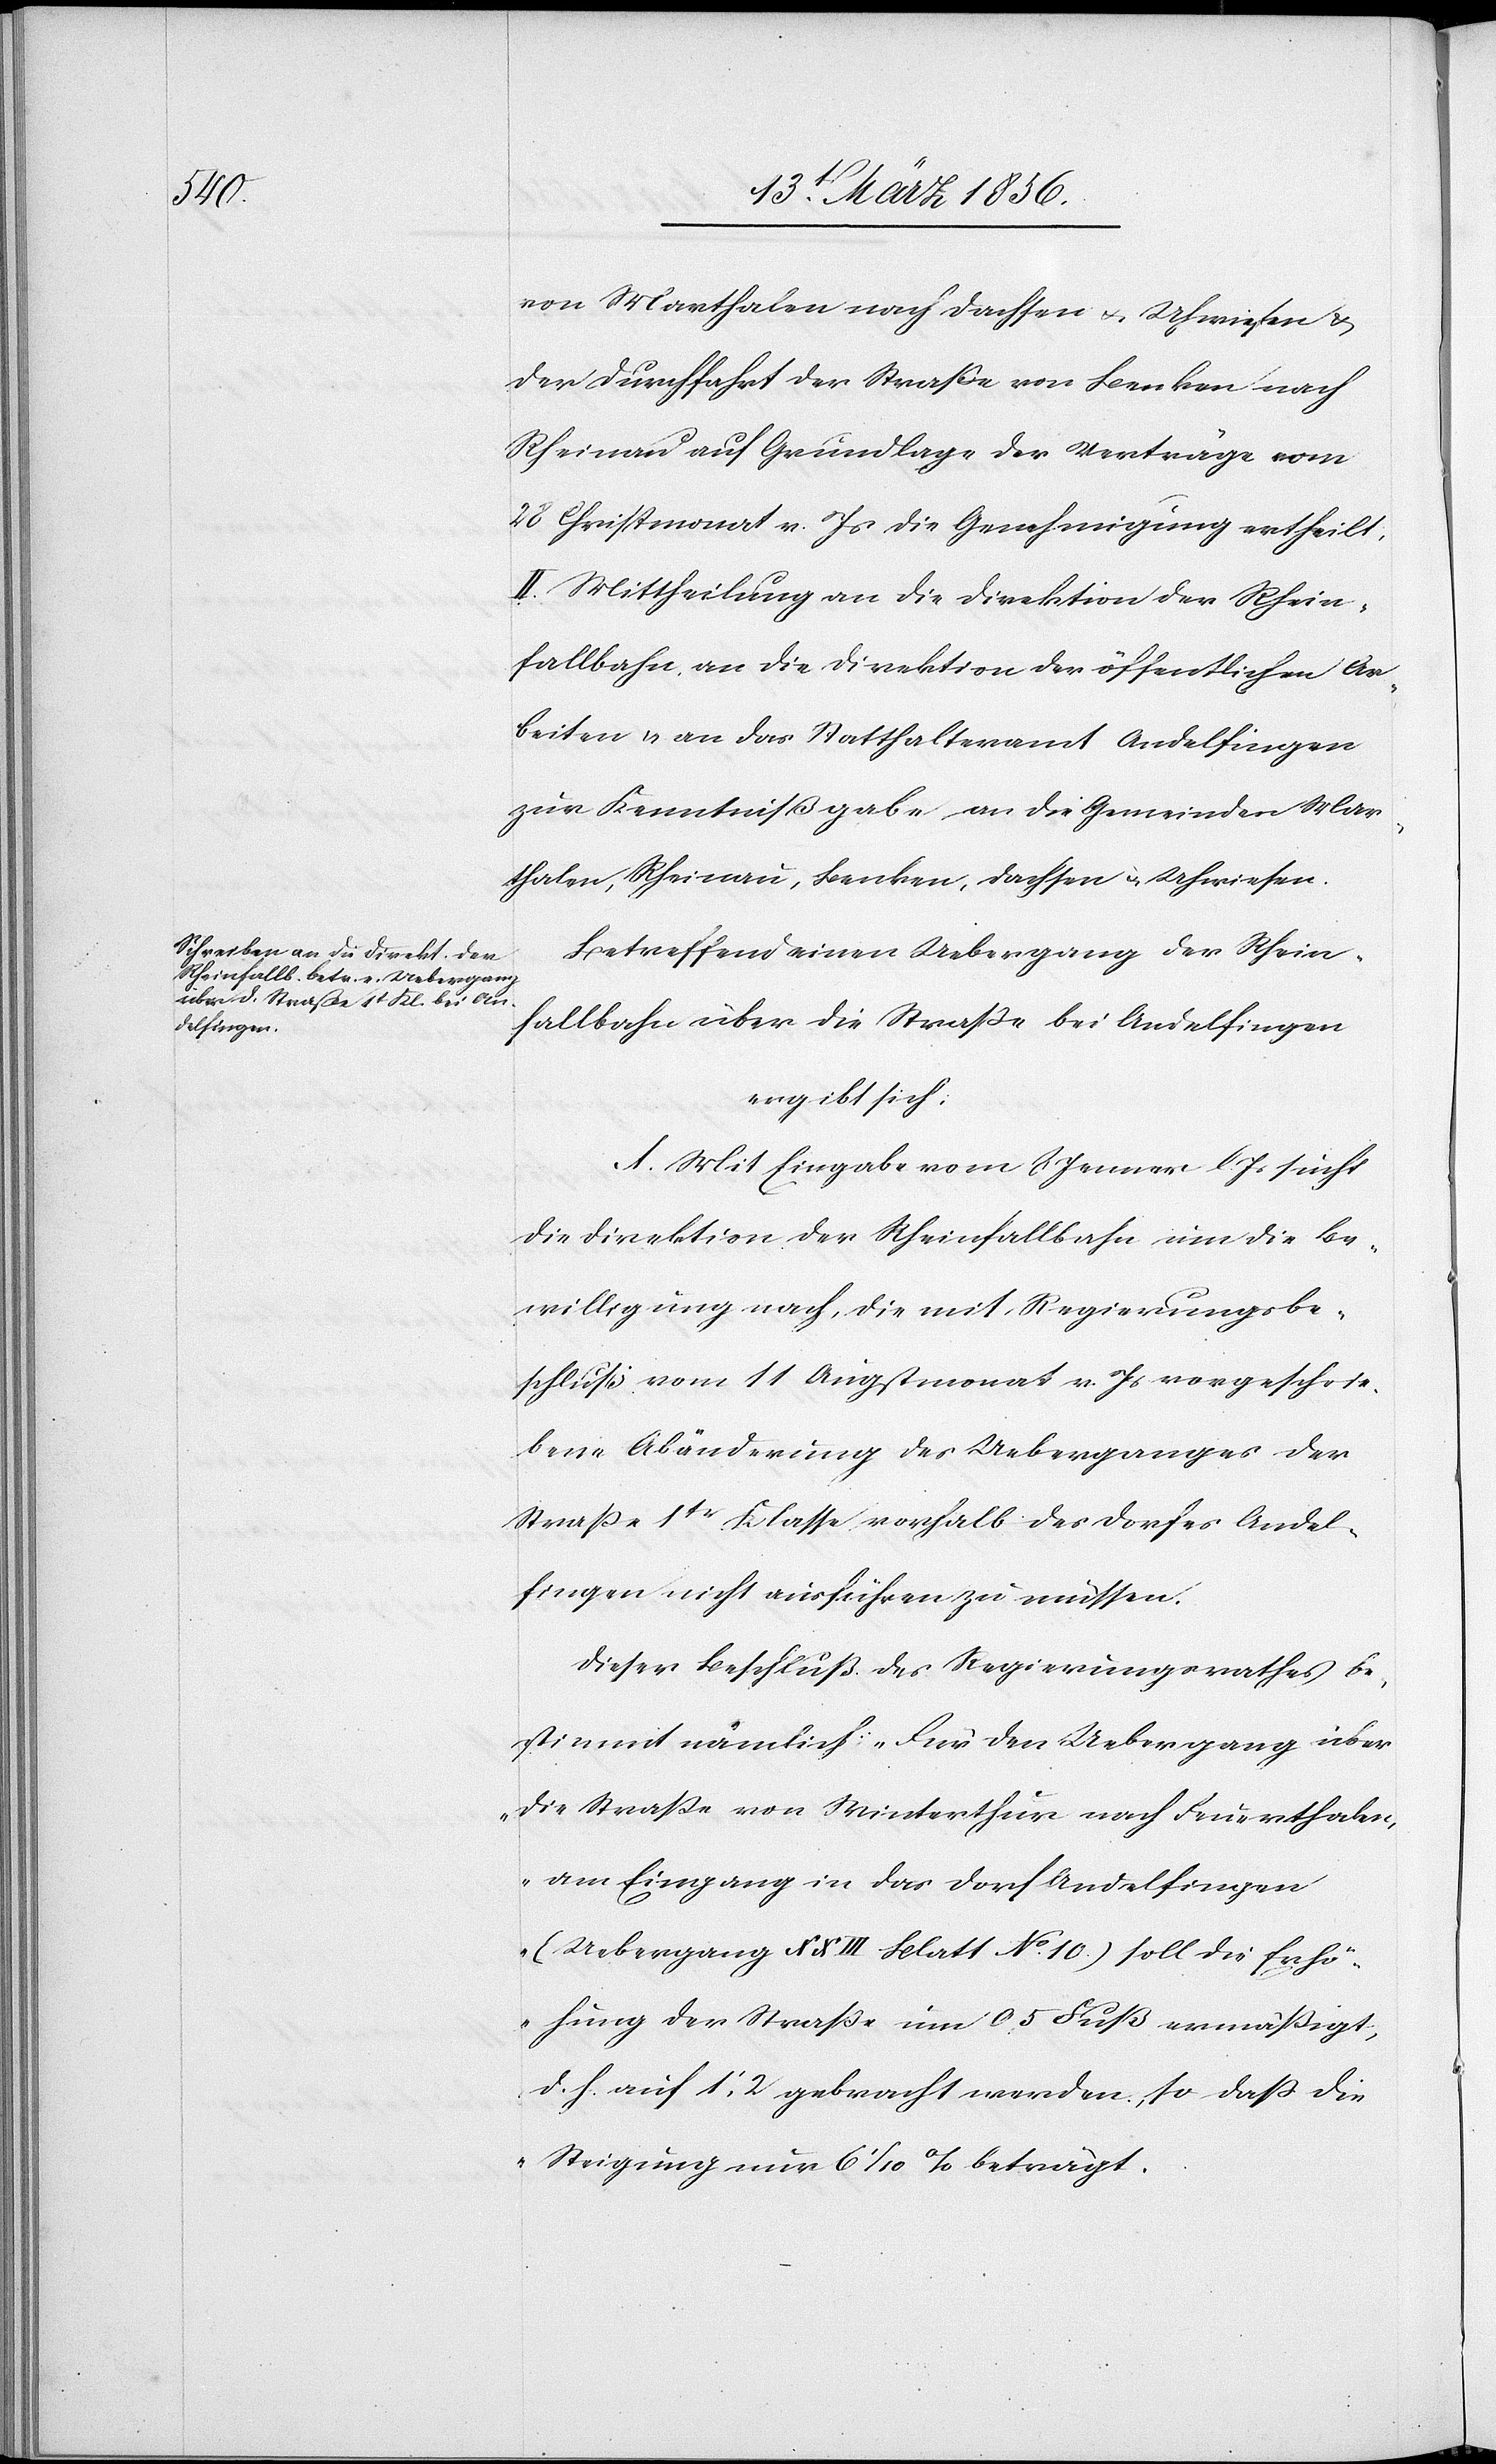
von Marthalen nach Dachsen u. Uhwiesen &
der Durchfahrt der Straße von Benken nach
Rheinau auf Grundlage der Verträge vom
28 Christmonat v. Js die Genehmigung ertheilt.
II. Mittheilung an die Direktion der Rhein¬
fallbahn, an die Direktion der öffentlichen Ar¬
beiten & an das Statthalteramt Andelfingen
zur Kenntnißgabe an die Gemeinden Mar¬
thalen, Rheinau, Benken, Dachsen & Uhwiesen.
Betreffend einen Uebergang der Rhein¬
fallbahn über die Straße bei Andelfingen
fingen
ergibt sich:
A. Mit Eingabe vom 8 Jenner l. Js sucht
die Direktion der Rheinfallbahn um die Be¬
willigung nach, die mit Regierungsbe¬
schluß vom 11 Augstmonat v. Js vorgeschrie¬
bene Abänderung des Ueberganges der
Straße 1t Klasse vorhalb des Dorfes Andel¬
Dieser Beschluß des Regierungsrathes be¬
stimmt nämlich: „Für den Uebergang über
die Straße von Winterthur nach Feuerthalen,
am Eingang in das Dorf Andelfingen
(Uebergang XXIII Blatt No. 10.) soll die Erhö¬
hung der Straße um 0.5 Fuß ermäßigt,
d. h. auf 1’,2 gebracht werden, so daß die
Steigung nur 61/10 % beträgt.